Insane asylums in Bengal annual reports 1867-1875 - 1867-1875
Year: 1867
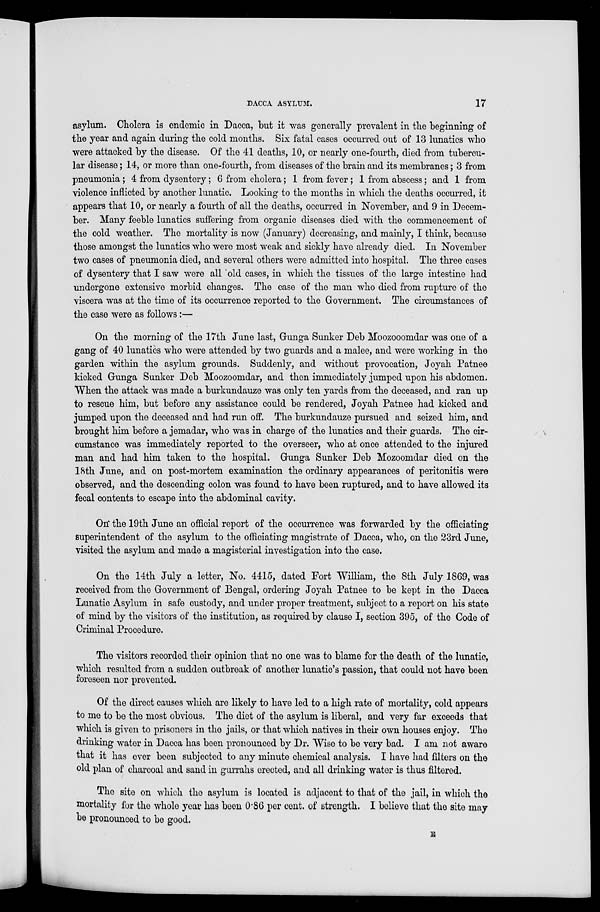
DACCA ASYLUM.
17
asylum. Cholera is endemic in Dacca, but it was generally prevalent in the beginning of
the year and again during the cold months. Six fatal cases occurred out of 13 lunatics who
were attacked by the disease. Of the 41 deaths, 10, or nearly one-fourth, died from tubercu-
lar disease; 14, or more than one-fourth, from diseases of the brain and its membranes; 3 from
pneumonia ; 4 from dysentery; 6 from cholera; 1 from fever ; 1 from abscess; and 1 from
violence inflicted by another lunatic. Looking to the months in which the deaths occurred, it
appears that 10, or nearly a fourth of all the deaths, occurred in November, and 9 in Decem-
ber. Many feeble lunatics suffering from organic diseases died with the commencement of
the cold weather. The mortality is now (January) decreasing, and mainly, I think, because
those amongst the lunatics who were most weak and sickly have already died. In November
two cases of pneumonia died, and several others were admitted into hospital. The three cases
of dysentery that I saw were all old cases, in which the tissues of the large intestine had
undergone extensive morbid changes. The case of the man who died from rupture of the
viscera was at the time of its occurrence reported to the Government. The circumstances of
the case were as follows:—
On the morning of the 17th June last, Gunga Sunker Deb Moozooomdar was one of a
gang of 40 lunatics who were attended by two guards and a malee, and were working in the
garden within the asylum grounds. Suddenly, and without provocation, Joyah Patnee
kicked Gunga Sunker Deb Moozoomdar, and then immediately jumped upon his abdomen.
When the attack was made a burkundauze was only ten yards from the deceased, and ran up
to rescue him, but before any assistance could be rendered, Joyah Patnee had kicked and
jumped upon the deceased and had run off. The burkundauze pursued and seized him, and
brought him before a jemadar, who was in charge of the lunatics and their guards. The cir-
cumstance was immediately reported to the overseer, who at once attended to the injured
man and had him taken to the hospital. Gunga Sunker Deb Mozoomdar died on the
18th June, and on post-mortem examination the ordinary appearances of peritonitis were
observed, and the descending colon was found to have been ruptured, and to have allowed its
fecal contents to escape into the abdominal cavity.
On the 19th June an official report of the occurrence was forwarded by the officiating
superintendent of the asylum to the officiating magistrate of Dacca, who, on the 23rd June,
visited the asylum and made a magisterial investigation into the case.
On the 14th July a letter, No. 4415, dated Fort William, the 8th July 1869, was
received from the Government of Bengal, ordering Joyah Patnee to be kept in the Dacca
Lunatic Asylum in safe custody, and under proper treatment, subject to a report on his state
of mind by the visitors of the institution, as required by clause I, section 395, of the Code of
Criminal Procedure.
The visitors recorded their opinion that no one was to blame for the death of the lunatic,
which resulted from a sudden outbreak of another lunatic's passion, that could not have been
foreseen nor prevented.
Of the direct causes which are likely to have led to a high rate of mortality, cold appears
to me to be the most obvious. The diet of the asylum is liberal, and very far exceeds that
which is given to prisoners in the jails, or that which natives in their own houses enjoy. The
drinking water in Dacca has been pronounced by Dr. Wise to be very bad. I am not aware
that it has ever been subjected to any minute chemical analysis. I have had filters on the
old plan of charcoal and sand in gurrahs erected, and all drinking water is thus filtered.
The site on which the asylum is located is adjacent to that of the jail, in which the
mortality for the whole year has been 0.86 per cent. of strength. I believe that the site may
be pronounced to be good.
E